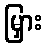
မြှား